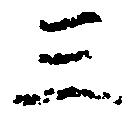
三